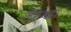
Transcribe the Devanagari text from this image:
लैम्बडा